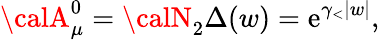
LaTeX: {\calA}_{\mu}^{0}={\calN}_{2}\Delta(w)=\mathrm{e}^{\gamma_{<}|w|},